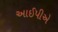
આઈપીએ